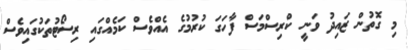
މި ގޮތުން ޒައިދު ވަނީ ކްރިސްމަސް ފާހަގަ ކުރުމުގެ އެއްވެސް ކަމެއްގައި ރިސޯޓުތަކުގައިވެސް